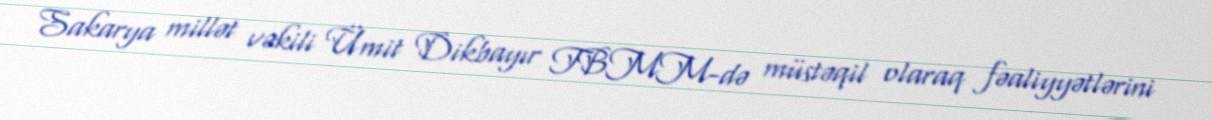
Sakarya millət vəkili Ümit Dikbayır TBMM-də müstəqil olaraq fəaliyyətlərini